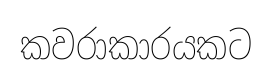
කවරාකාරයකට